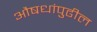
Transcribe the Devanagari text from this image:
औषधांपुढील